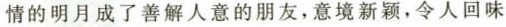
情的明月成了善解人意的朋友，意境新颖，令人回味